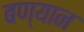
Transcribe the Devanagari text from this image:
बण्यान